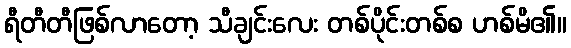
ရီတီတီဖြစ်လာတော့ သီချင်းလေး တစ်ပိုင်းတစ်စ ဟစ်မိ၏။